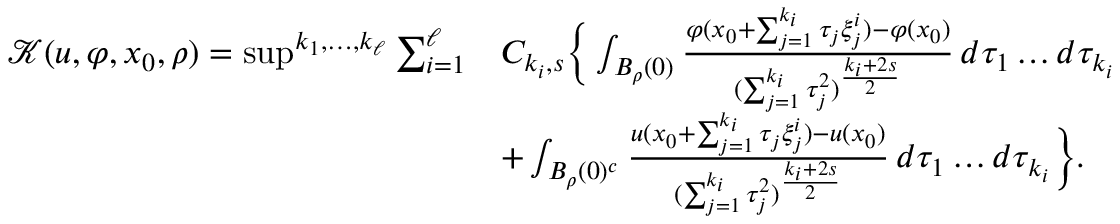
\begin{array} { r l } { \mathcal { K } ( u , \varphi , x _ { 0 } , \rho ) = { \operatorname* { s u p } } ^ { k _ { 1 } , \dots , k _ { \ell } } \sum _ { i = 1 } ^ { \ell } } & { C _ { k _ { i } , s } \bigg \{ \int _ { B _ { \rho } ( 0 ) } \frac { \varphi ( x _ { 0 } + \sum _ { j = 1 } ^ { k _ { i } } \tau _ { j } \xi _ { j } ^ { i } ) - \varphi ( x _ { 0 } ) } { ( \sum _ { j = 1 } ^ { k _ { i } } \tau _ { j } ^ { 2 } ) ^ { \frac { k _ { i } + 2 s } { 2 } } } \, d \tau _ { 1 } \dots d \tau _ { k _ { i } } } \\ & { + \int _ { B _ { \rho } ( 0 ) ^ { c } } \frac { u ( x _ { 0 } + \sum _ { j = 1 } ^ { k _ { i } } \tau _ { j } \xi _ { j } ^ { i } ) - u ( x _ { 0 } ) } { ( \sum _ { j = 1 } ^ { k _ { i } } \tau _ { j } ^ { 2 } ) ^ { \frac { k _ { i } + 2 s } { 2 } } } \, d \tau _ { 1 } \dots d \tau _ { k _ { i } } \bigg \} . } \end{array}